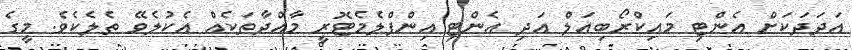
އަދަދަކަށް އެންޓި މައިކްރޯބިއަލް އަދި އެންޓި އިންފްލެމެޓޮރީ މާއްދާތަކެއް އެކުލެވޭ ތެލެކެވެ. މީގެ